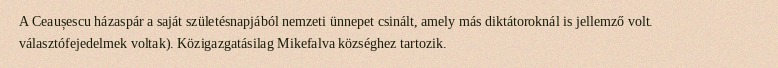
A Ceaușescu házaspár a saját születésnapjából nemzeti ünnepet csinált, amely más diktátoroknál is jellemző volt. választófejedelmek voltak). Közigazgatásilag Mikefalva községhez tartozik.